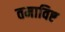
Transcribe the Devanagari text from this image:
तमाविष्ट